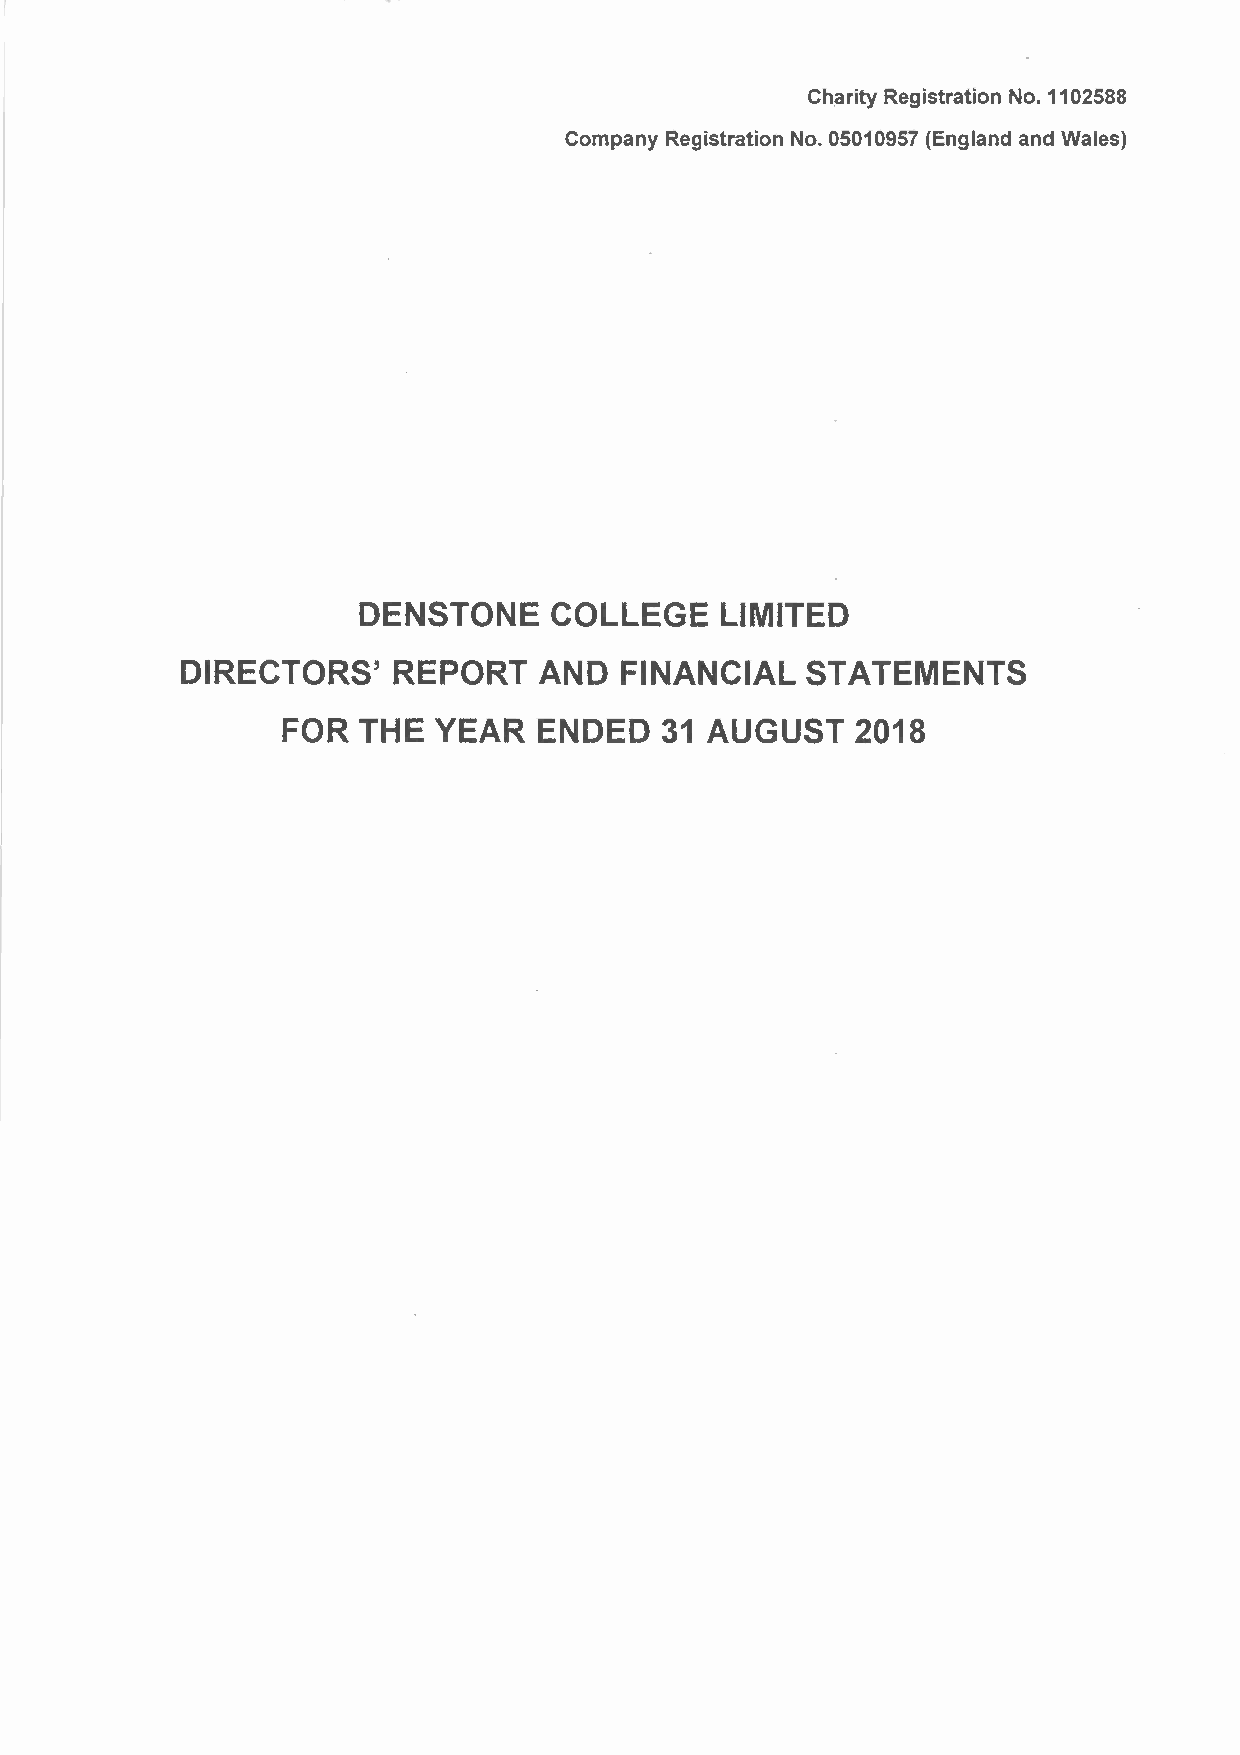
Charity Registration No. 1102588
 Company Registration No. 05010957 (England and Wales)
 DENSTONE    COLLEGE     LIMITED
 DIRECTORS'    REPORT    AND  FINANCIAL   STATEMENTS
 FOR  THE  YEAR   ENDED   31 AUGUST    2018